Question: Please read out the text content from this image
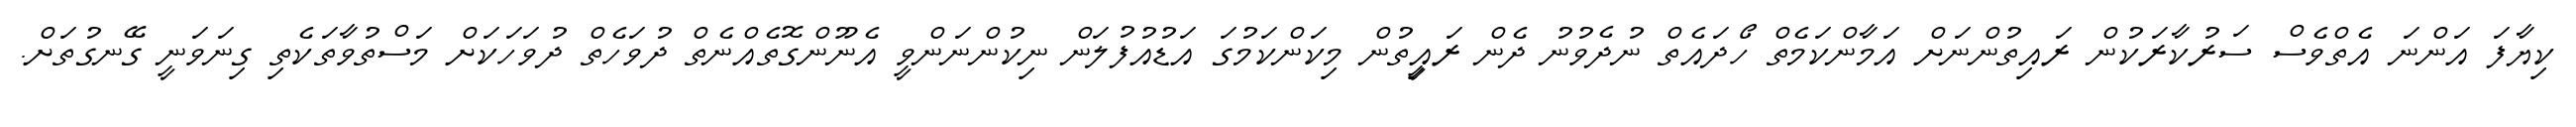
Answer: ކިޔާފަ އަންނަ އެތްވެސް ސަރުކާރަކުން ރައިތުންނަށް އަމާންކަމެތް ހޯދައެތް ނުދެވުނު ދެން ރައިީތުން މިކަންކަމުގަ އަޑުއުފުލަން ނިކުންނަންވީ އެނޫންގޮތެއްނެތް ދުވަހެތް ދުވަހަކަށް މަސްތުވާތަކެތި ގިނަވަނީ ގޭނގުތަށް.